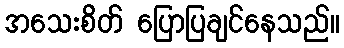
အသေးစိတ် ပြောပြချင်နေသည်။